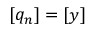
[ q _ { n } ] = [ y ]